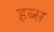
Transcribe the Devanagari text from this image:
हब्स